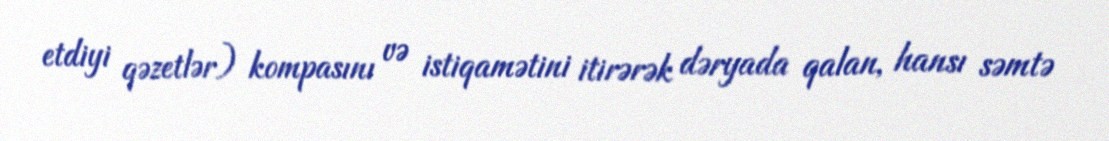
etdiyi qəzetlər) kompasını və istiqamətini itirərək dəryada qalan, hansı səmtə